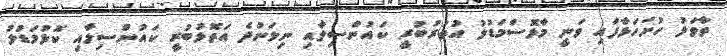
ތާވަލު ހުށަހަޅާފައި ވަނީ މާޅޮސްމަޑުލު އުތުރުބުރީ ކައުންސިލާއި ނިލަންދެ އަތޮޅުބުރީ ކައުންސިލާއި ކޮޅުމަޑުލު